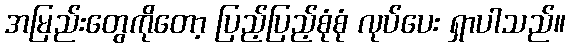
အမြည်းတွေကိုတော့ ပြည့်ပြည့်စုံစုံ လုပ်ပေး ရှာပါသည်။